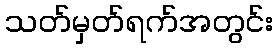
သတ်မှတ်ရက်အတွင်း